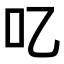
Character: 𠮙